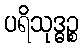
ပရိသုဒ္ဓဉ္စ